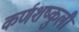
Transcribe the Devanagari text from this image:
कर्णशष्कुली